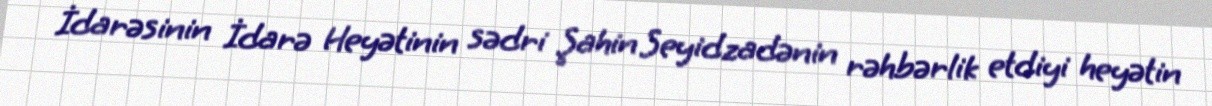
İdarəsinin İdarə Heyətinin sədri Şahin Seyidzadənin rəhbərlik etdiyi heyətin